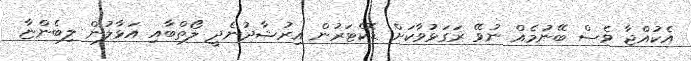
އެކުއްޖާ ވެސް ބޭނުމެއް ނުވޭ ރަގަޅުވާކަށް ޑޮކްޓަރުން އިރުޝާދުނެދީ ލޯތްބާއި އަޅާލުން ލިބެންޏާ